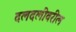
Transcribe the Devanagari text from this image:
दलदलीवरील